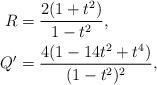
LaTeX: \begin{align*} R & = \frac{2(1+t^2)}{1-t^2} , \\ Q^\prime & = \frac{4(1-14t^2 + t^4)}{(1-t^2)^2} , \end{align*}